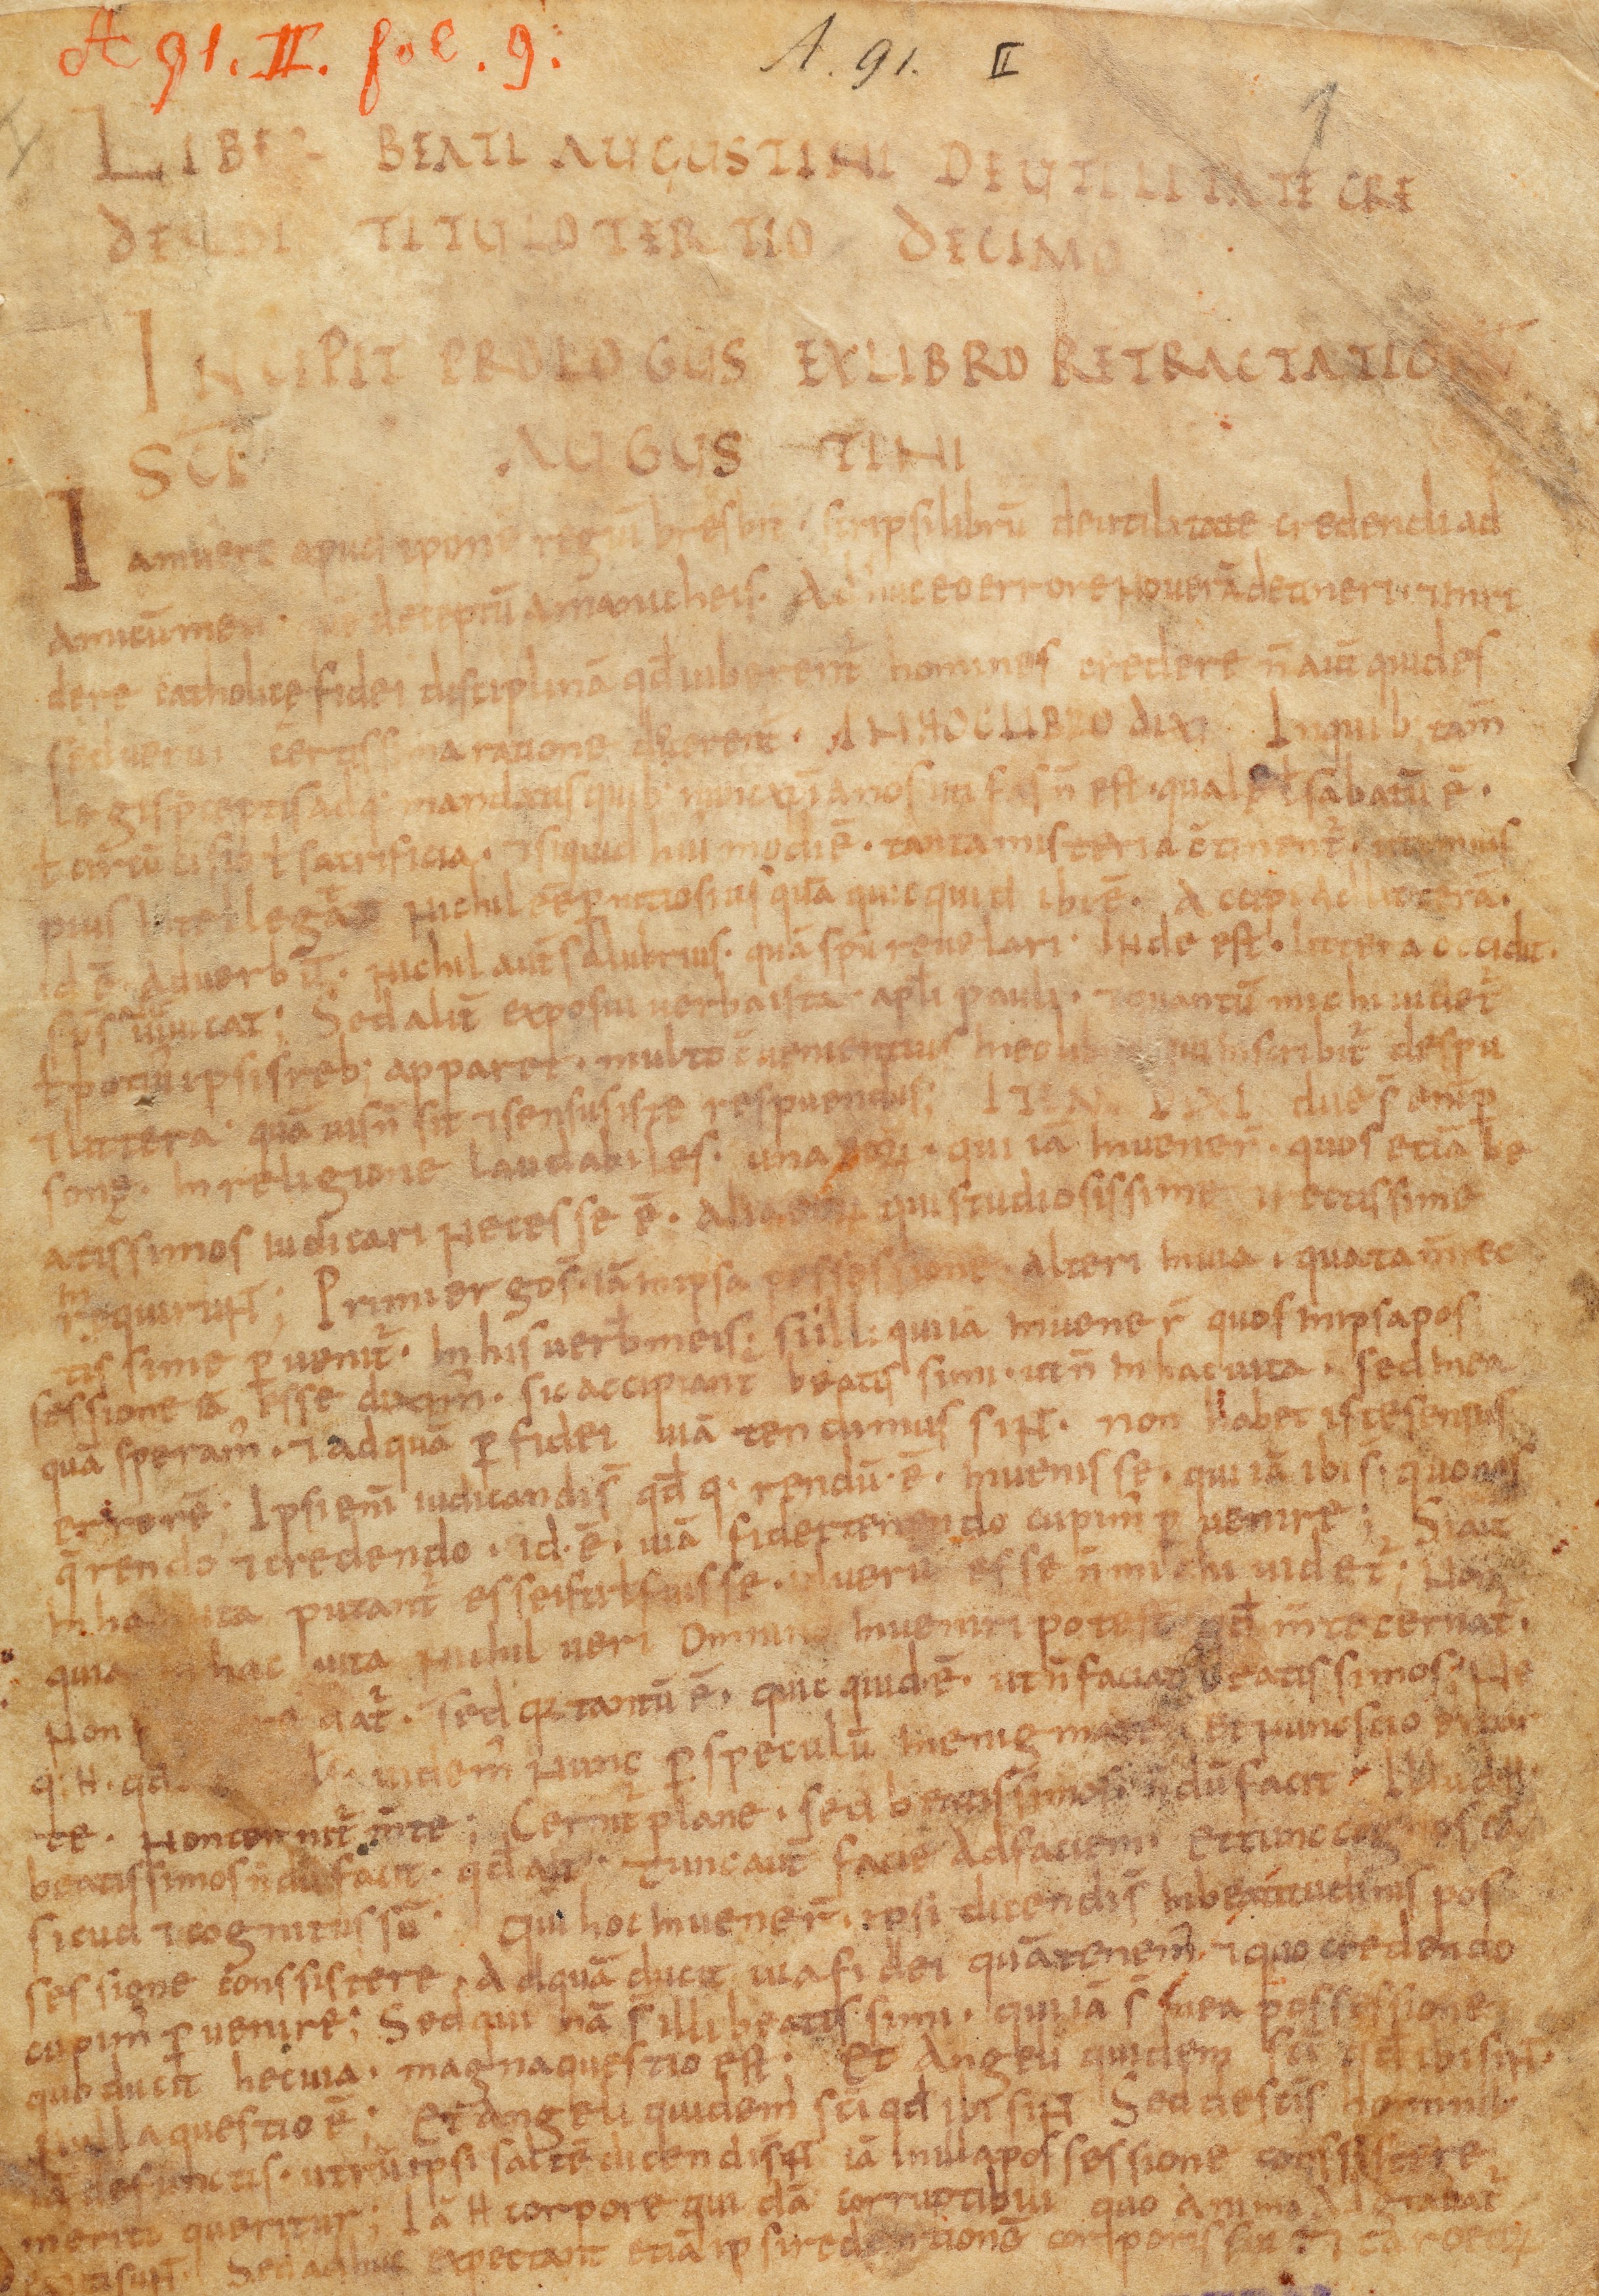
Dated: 867–949